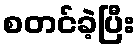
စတင်ခဲ့ပြီး